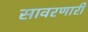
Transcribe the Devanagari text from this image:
सावरणारी